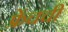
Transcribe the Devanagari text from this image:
फ्रेंचची